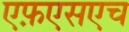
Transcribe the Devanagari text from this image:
एफ़एसएच